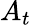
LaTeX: A_{t}